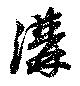
溝